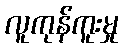
လူကုန်ကူးမှု